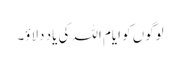
لوگوں کو ایام اللہ کی یاد دلاؤ۔